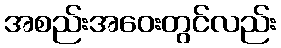
အစည်းအဝေးတွင်လည်း